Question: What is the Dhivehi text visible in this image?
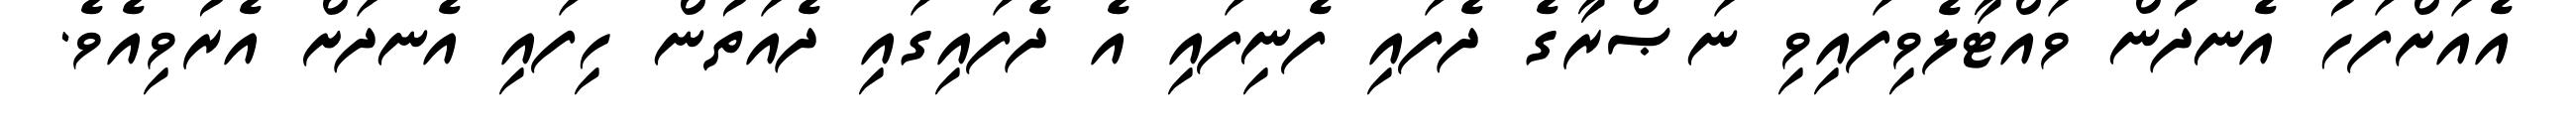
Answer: އެއަށްފަހު އެނދުން ވައްޓާލެވިފައިވި ނަޞްރާގެ ދެފައި ފެނިފައި އެ ދެފައިގައި ދެއަތުން ހިފައި އެނދަށް އެރުވިއެވެ.